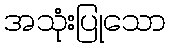
အသုံးပြုသော